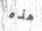
هذه